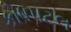
કોષપટલ